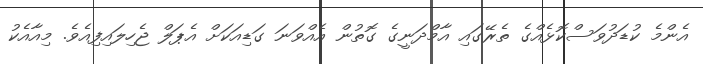
އެންމެ ކުޑަދުވަސްކޮޅެއްގެ ތެރޭގައި އާމްދަނީގެ ގޮތުން އެއްވަނަ ގަޑިއަކަށް އެޕަލް ޖެހިލައިފިއެވެ. މިއާއެކު